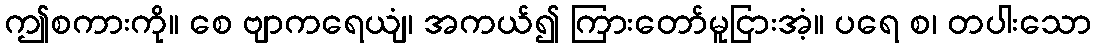
ဤစကားကို။ စေ ဗျာကရေယျံ၊ အကယ်၍ ကြားတော်မူငြားအံ့။ ပရေ စ၊ တပါးသော